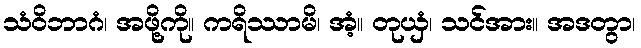
သံဝိဘာဂံ၊ အဖို့ကို။ ကရိဿာမိ၊ အံ့။ တုယှံ၊ သင်အား။ အဒတွာ၊